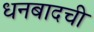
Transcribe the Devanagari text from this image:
धनबादची